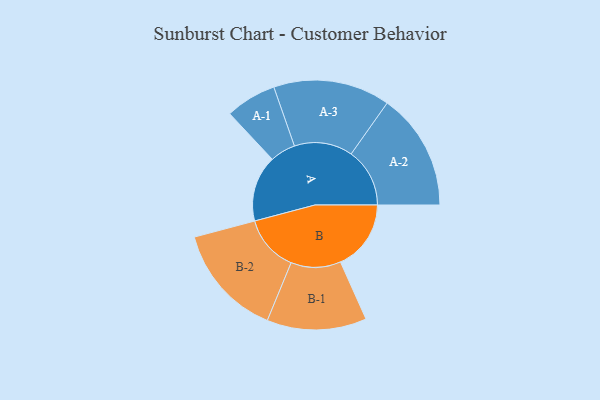
{"axis": {"x": "Segment", "y": "Value"}, "legend": ["", "A", "B"], "data": [{"x": "A", "y": 332, "type": ""}, {"x": "B", "y": 354, "type": ""}, {"x": "A-1", "y": 128, "type": "A"}, {"x": "A-2", "y": 294, "type": "A"}, {"x": "A-3", "y": 293, "type": "A"}, {"x": "B-1", "y": 250, "type": "B"}, {"x": "B-2", "y": 283, "type": "B"}]}